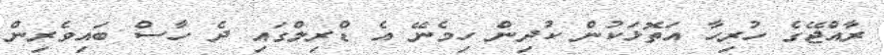
ރާއްޖޭގެ ހުރިހާ އަތޮޅަކުން ކުދިން ހިމެނޭ އެ ޑްރިލްގައި ދެ ހާސް ބައިވެރިން